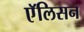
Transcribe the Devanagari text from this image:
एॅलिसन